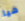
هيا